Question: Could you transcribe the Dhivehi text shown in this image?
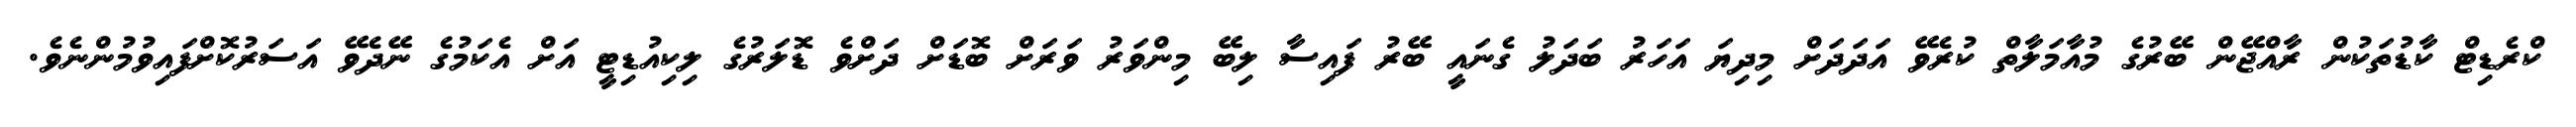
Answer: ކްރެޑިޓް ކާޑުތަކުން ރާއްޖޭން ބޭރުގެ މުއާމަލާތް ކުރެވޭ އަދަދަށް މިދިޔަ އަހަރު ބަދަލު ގެނައީ ބޭރު ފައިސާ ލިބޭ މިންވަރު ވަރަށް ބޮޑަށް ދަށްވެ ޑޮލަރުގެ ލިކިއުޑިޓީ އަށް އެކަމުގެ ނޭދެވޭ އަސަރުކޮށްފައިވުމުންނެވެ.